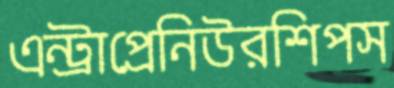
এন্ট্রাপ্রেনিউরশিপস